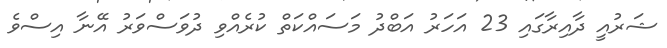
ޝަރުއީ ދާއިރާގައި 23 އަހަރު އަބްދު މަސައްކަތް ކުރެއްވި ދުވަސްވަރު އޭނާ އިސްވެ